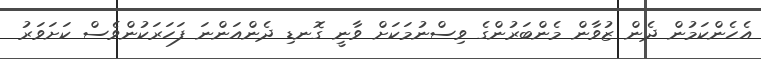
އެހެންކަމުން ދެން ޒުވާން މެންބަރުންގެ ވިސްނުމަކަށް ވާނީ ގޮނޑި ދެންއަންނަ ފަހަރަކުންވެސް ކަށަވަރު